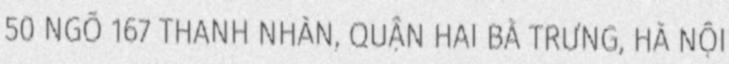
50 NGÕ 167 THANH NHÀN, QUẬN HAI BÀ TRƯNG, HÀ NỘI